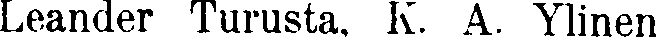
Leander Turusta, K. A. Ylinen